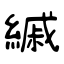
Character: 縬